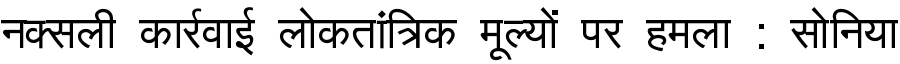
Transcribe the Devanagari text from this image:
नक्सली कार्रवाई लोकतांत्रिक मूल्यों पर हमला : सोनिया